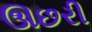
ઊછરી